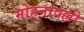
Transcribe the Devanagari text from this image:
मोहनावल्ली